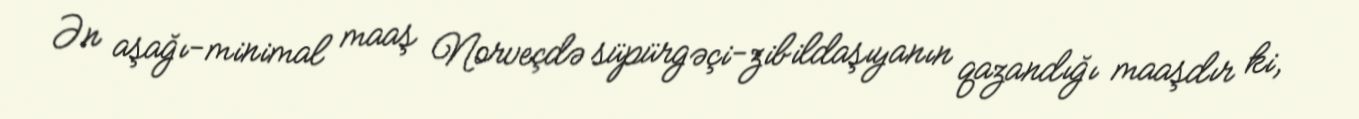
Ən aşağı-minimal maaş Norveçdə süpürgəçi-zibildaşıyanın qazandığı maaşdır ki,